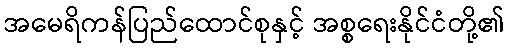
အမေရိကန်ပြည်ထောင်စုနှင့် အစ္စရေးနိုင်ငံတို့၏